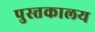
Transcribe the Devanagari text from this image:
पुस्त्तकालय